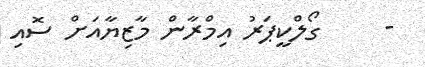
-     ގޯލްކީޕަރު އިމްރާން މާޒިޔާއަށް ސޮއި